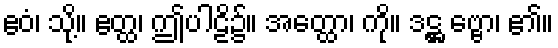
ဧဝံ၊ သို့။ ဧတ္ထ၊ ဤပါဠိ၌။ အတ္ထော၊ ကို။ ဒဋ္ဌ ဗ္ဗော၊ ၏။